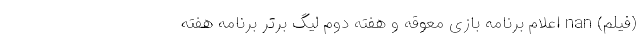
(فیلم) nan اعلام برنامه بازی معوقه و هفته دوم لیگ برتر برنامه هفته